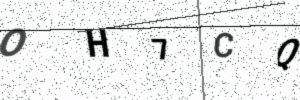
Text: OH7CQ